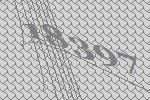
18397